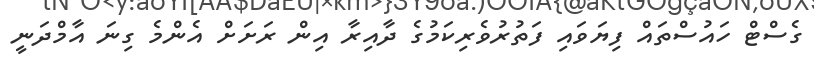
ގެސްޓް ހައުސްތައް ފިޔަވައި ފަތުރުވެރިކަމުގެ ދާއިރާ އިން ރަށަށް އެންމެ ގިނަ އާމްދަނީ